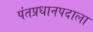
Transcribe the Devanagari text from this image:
पंतप्रधानपदाला